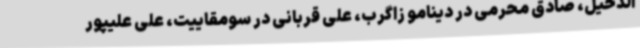
الدحیل، صادق محرمی در دینامو زاگرب، علی قربانی در سومقاییت، علی علیپور